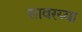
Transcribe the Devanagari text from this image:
सावरय्या